Scottish Leaving Certificate Examination, 1958
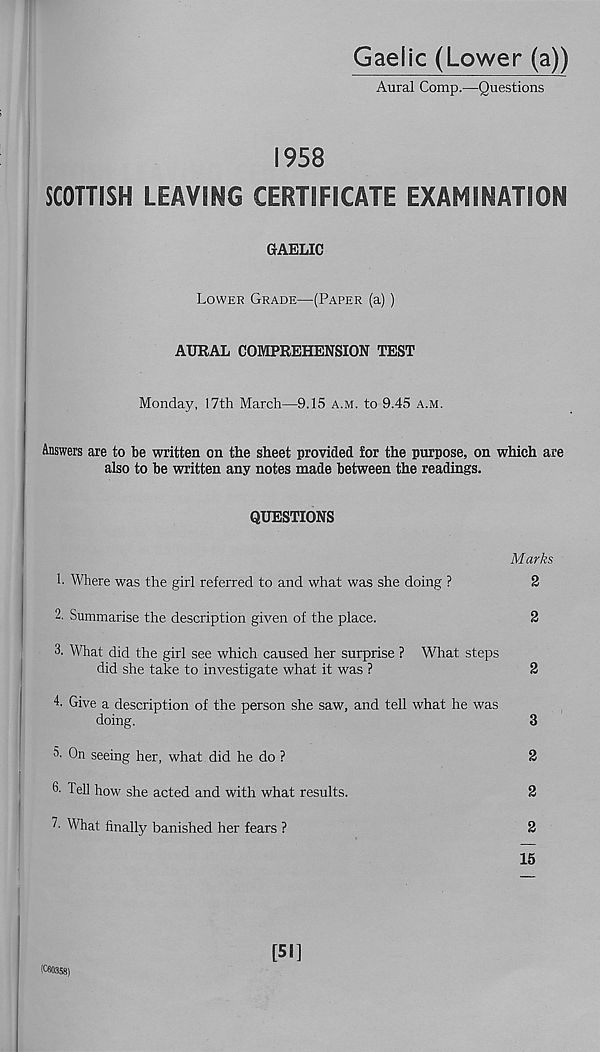
Gaelic (Lower (a))
Aural Comp.—Questions
1958
SCOTTISH LEAVING CERTIFICATE EXAMINATION
GAELIC
Lower Grade—(Paper (a) )
AURAL COMPREHENSION TEST
Monday, 17th March—9.15 a.m. to 9.45 a.m.
Answers are to be written on the sheet provided for the purpose, on which are
also to be written any notes made between the readings.
QUESTIONS
Marks
1. Where was the girl referred to and what was she doing ?
2
2. Summarise the description given of the place.
2
3. What did the girl see which caused her surprise ? What steps
did she take to investigate what it was ?
2
4. Give a description of the person she saw, and tell what he was
doing.
3
3. On seeing her, what did he do ?
2
6- Tell how she acted and with what results.
2
7 - What finally banished her fears ?
2
15
[Si]